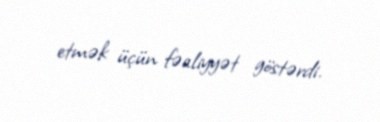
etmək üçün fəaliyyət göstərdi.